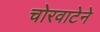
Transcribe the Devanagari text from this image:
चोरवाटेने